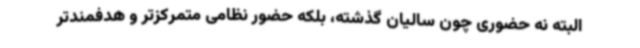
البته نه حضوری چون سالیان گذشته، بلکه حضور نظامی متمرکزتر و هدفمندتر